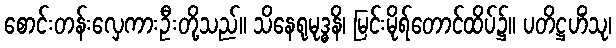
စောင်းတန်းလှေကားဦးတို့သည်။ သိနေရုမုဒ္ဓနိ၊ မြင်းမိုရ်တောင်ထိပ်၌။ ပတိဋ္ဌဟိံသု၊